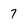
Character: 7